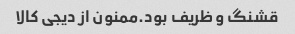
قشنگ و ظریف بود.ممنون از دیجی کالا